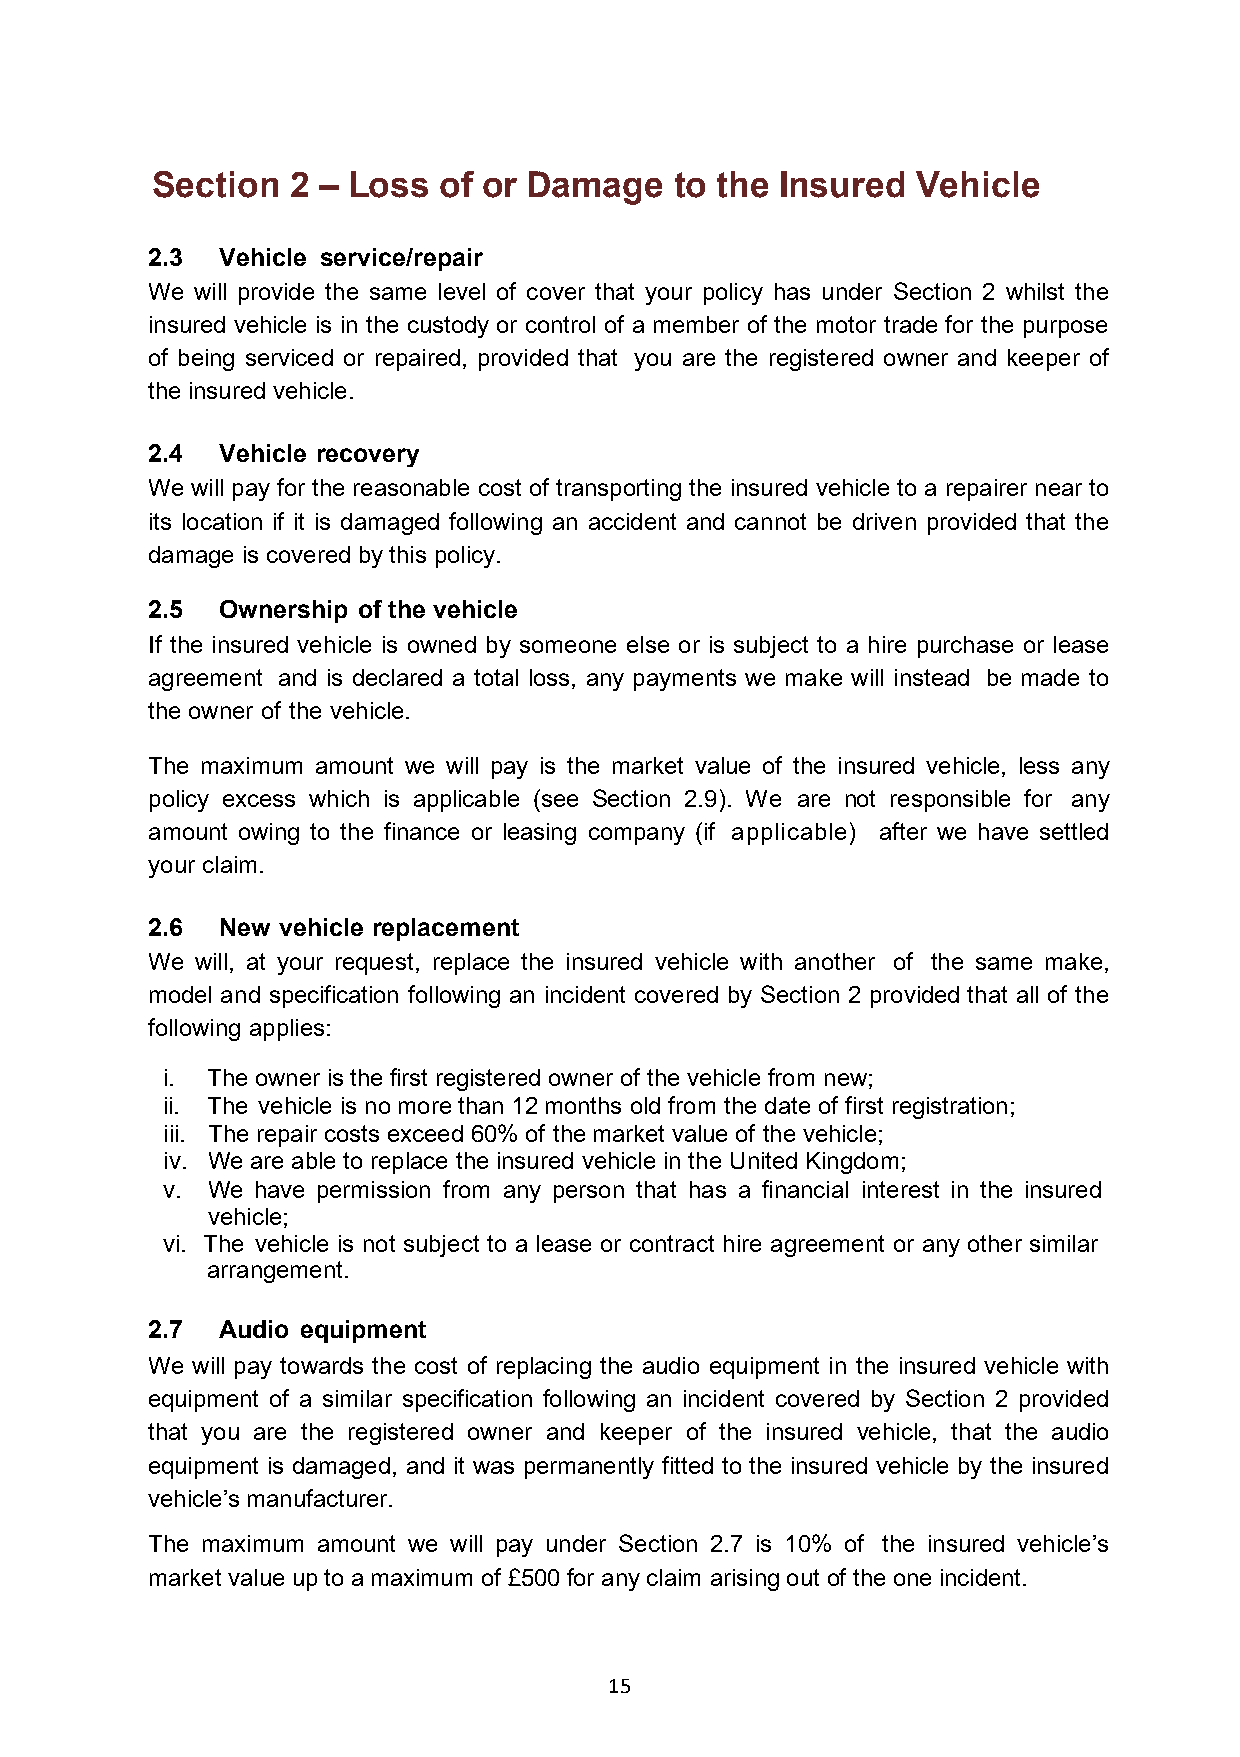
Section  2 – Loss  of or Damage    to the Insured  Vehicle
 2.3 Vehicle service/repair
 We will provide the same level of cover that your policy has under Section 2 whilst the
 insured vehicle is in the custody or control of a member of the motor trade for the purpose
 of being serviced or repaired, provided that you are the registered owner and keeper of
 the insured vehicle.
 2.4 Vehicle recovery
 We will pay for the reasonable cost of transporting the insured vehicle to a repairer near to
 its location if it is damaged following an accident and cannot be driven provided that the
 damage is covered by this policy.
 2.5 Ownership of the vehicle
 If the insured vehicle is owned by someone else or is subject to a hire purchase or lease
 agreement and is declared a total loss, any payments we make will instead be made to
 the owner of the vehicle.
 The maximum amount we will pay is the market value of the insured vehicle, less any
 policy excess which is applicable (see Section 2.9). We are not responsible for any
 amount owing to the finance or leasing company (if applicable) after we have settled
 your claim.
 2.6 New vehicle replacement
 We will, at your request, replace the insured vehicle with another of the same make,
 model and specification following an incident covered by Section 2 provided that all of the
 following applies:
 i. The owner is the first registered owner of the vehicle from new;
 ii. The vehicle is no more than 12 months old from the date of first registration;
 iii. The repair costs exceed 60% of the market value of the vehicle;
 iv. We are able to replace the insured vehicle in the United Kingdom;
 v. We have permission from any person that has a financial interest in the insured
 vehicle;
 vi. The vehicle is not subject to a lease or contract hire agreement or any other similar
 arrangement.
 2.7 Audio equipment
 We will pay towards the cost of replacing the audio equipment in the insured vehicle with
 equipment of a similar specification following an incident covered by Section 2 provided
 that you are the registered owner and keeper of the insured vehicle, that the audio
 equipment is damaged, and it was permanently fitted to the insured vehicle by the insured
 vehicle’s manufacturer.
 The maximum amount we will pay under Section 2.7 is 10% of the insured vehicle’s
 market value up to a maximum of £500 for any claim arising out of the one incident.
 15